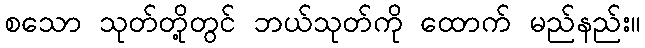
စသော သုတ်တို့တွင် ဘယ်သုတ်ကို ထောက် မည်နည်း။